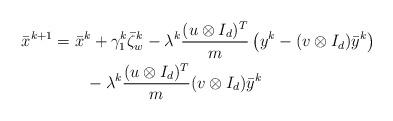
LaTeX: \begin{align*}\begin{aligned} \bar{x}^{k+1}& =\bar{x}^k+\gamma_1^k \bar{\zeta}_w^k-\lambda^k \frac{(u\otimes { I_d})^T}{m}\left(y^k-(v\otimes {I_d})\bar{y}^k\right)\\ &\qquad-\lambda^k \frac{(u\otimes {I_d})^T}{m}(v\otimes {I_d})\bar{y}^k\end{aligned}\end{align*}